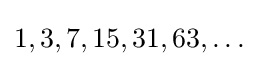
1,3,7,15,31,63,\ldots